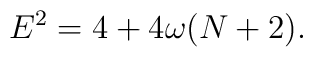
E^2 = 4 + 4\omega (N + 2).